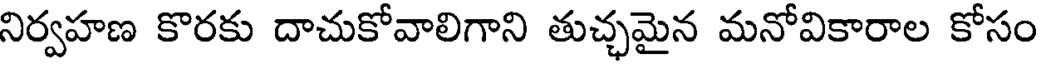
నిర్వహణ కొరకు దాచుకోవాలిగాని తుచ్చమైన మనోవికారాల కోసం